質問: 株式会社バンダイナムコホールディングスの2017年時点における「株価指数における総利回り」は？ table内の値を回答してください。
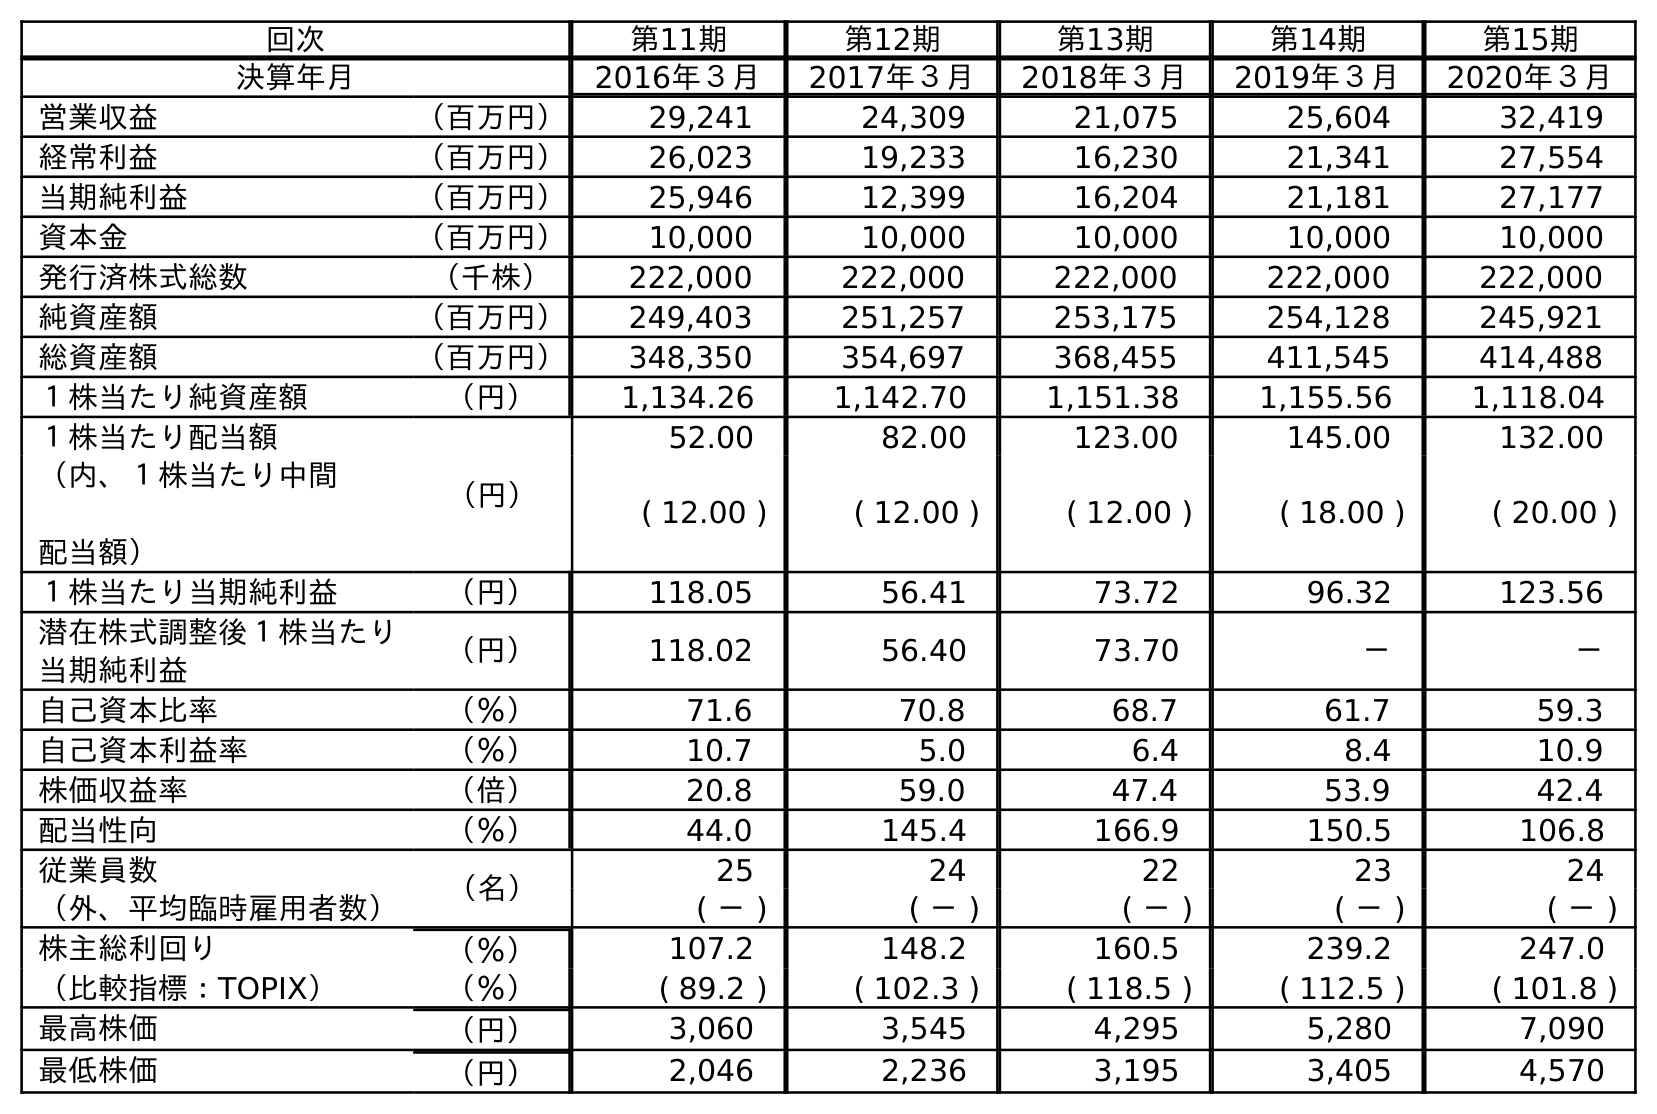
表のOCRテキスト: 回次 第11期 第12期 第13期 第14期 第15期 決算年月 2016年３月 2017年３月 2018年３月 2019年３月 2020年３月 営業収益 （百万円） 29,241 24,309 21,075 25,604 32,419 経常利益 （百万円） 26,023 19,233 16,230 21,341 27,554 当期純利益 （百万円） 25,946 12,399 16,204 21,181 27,177 資本金 （百万円） 10,000 10,000 10,000 10,000 10,000 発行済株式総数 （千株） 222,000 222,000 222,000 222,000 222,000 純資産額 （百万円） 249,403 251,257 253,175 254,128 245,921 総資産額 （百万円） 348,350 354,697 368,455 411,545 414,488 １株当たり純資産額 （円） 1,134.26 1,142.70 1,151.38 1,155.56 1,118.04 １株当たり配当額 （円） 52.00 82.00 123.00 145.00 132.00 （内、１株当たり中間 配当額） ( 12.00 ) ( 12.00 ) ( 12.00 ) ( 18.00 ) ( 20.00 ) １株当たり当期純利益 （円） 118.05 56.41 73.72 96.32 123.56 潜在株式調整後１株当たり 当期純利益 （円） 118.02 56.40 73.70 － － 自己資本比率 （％） 71.6 70.8 68.7 61.7 59.3 自己資本利益率 （％） 10.7 5.0 6.4 8.4 10.9 株価収益率 （倍） 20.8 59.0 47.4 53.9 42.4 配当性向 （％） 44.0 145.4 166.9 150.5 106.8 従業員数 （名） 25 24 22 23 24 （外、平均臨時雇用者数） ( － ) ( － ) ( － ) ( － ) ( － ) 株主総利回り （％） 107.2 148.2 160.5 239.2 247.0 （比較指標：TOPIX） （％） ( 89.2 ) ( 102.3 ) ( 118.5 ) ( 112.5 ) ( 101.8 ) 最高株価 （円） 3,060 3,545 4,295 5,280 7,090 最低株価 （円） 2,046 2,236 3,195 3,405 4,570
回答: (102.3)